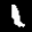
Label: 1